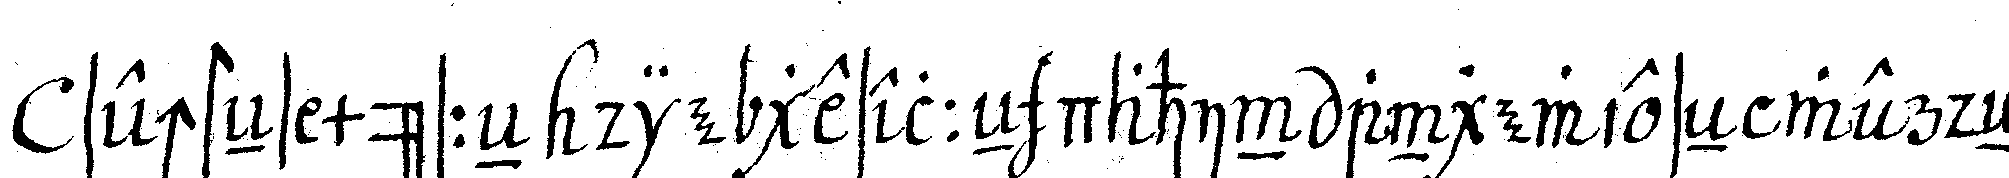
sechsteNs müsseN die geselleN dahin angewieseN werdeN